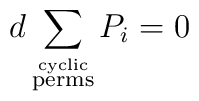
d \sum_{\stackrel{\rm{cyclic}}{\rm{perms}}} P_{i} =0